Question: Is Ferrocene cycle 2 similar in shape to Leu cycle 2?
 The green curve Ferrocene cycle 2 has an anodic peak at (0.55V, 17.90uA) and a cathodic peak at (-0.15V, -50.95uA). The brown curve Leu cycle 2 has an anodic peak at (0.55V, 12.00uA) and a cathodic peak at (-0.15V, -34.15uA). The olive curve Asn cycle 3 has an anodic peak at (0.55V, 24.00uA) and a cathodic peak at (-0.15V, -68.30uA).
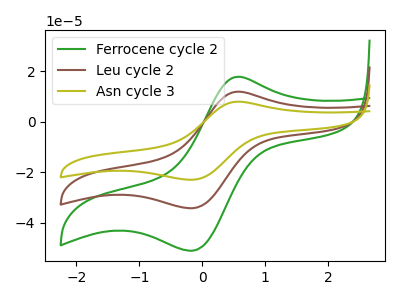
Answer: <think>All the peaks in "Ferrocene cycle 2" have a peak in "Leu cycle 2" at the same potential. Every peak in "Ferrocene cycle 2" is higher than every peak in "Leu cycle 2".
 </think>
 <answer>"Ferrocene cycle 2" and "Leu cycle 2" are similar in shape.</answer>
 <eval>same_shape</eval>